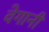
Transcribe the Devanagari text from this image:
वेगानी